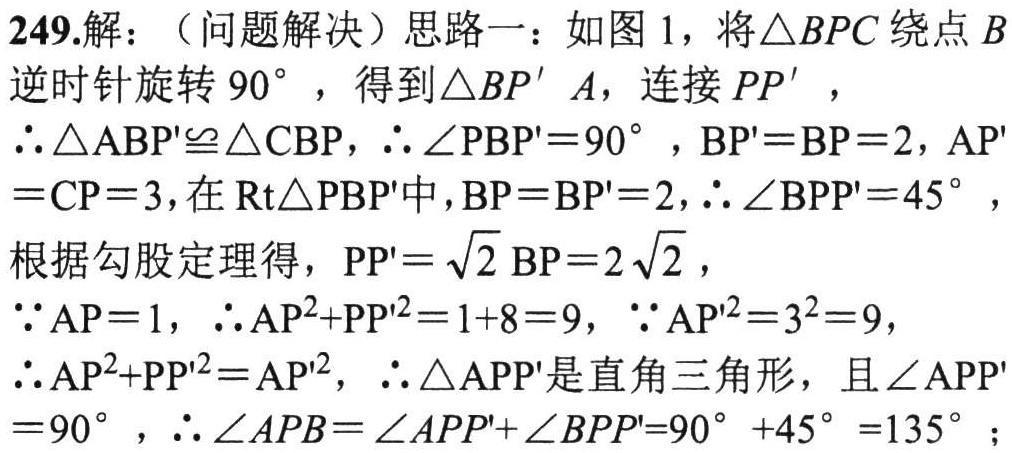
249.解：（问题解决）思路一：如图1，将\(\triangle BPC\)绕点\(B\)逆时针旋转\(90^{\circ}\)，得到\(\triangle BP^{\prime}A\)，连接\(PP^{\prime}\)，

\(\therefore\triangle ABP^{\prime}\cong\triangle CBP\)，\(\therefore\angle PBP^{\prime}=90^{\circ}\)，\(BP^{\prime}=BP = 2\)，\(AP^{\prime}=CP = 3\)，在\(Rt\triangle PBP^{\prime}\)中，\(BP = BP^{\prime}=2\)，\(\therefore\angle BPP^{\prime}=45^{\circ}\)，

根据勾股定理得，\(PP^{\prime}=\sqrt{2}BP = 2\sqrt{2}\)，

\(\because AP = 1\)，\(\therefore AP^{2}+PP^{\prime 2}=1 + 8 = 9\)，\(\because AP^{\prime 2}=3^{2}=9\)，

\(\therefore AP^{2}+PP^{\prime 2}=AP^{\prime 2}\)，\(\therefore\triangle APP^{\prime}\)是直角三角形，且\(\angle APP^{\prime}=90^{\circ}\)，\(\therefore\angle APB=\angle APP^{\prime}+\angle BPP^{\prime}=90^{\circ}+45^{\circ}=135^{\circ}\)；